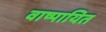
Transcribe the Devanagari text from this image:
वाष्पायित